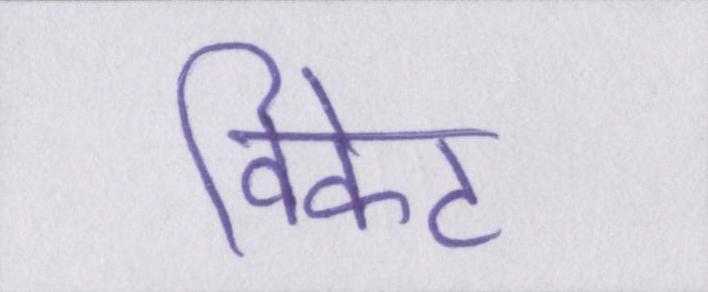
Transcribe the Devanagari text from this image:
विकेट